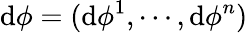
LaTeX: \mathrm{d}\phi=(\mathrm{d}\phi^{1},\cdots,\mathrm{d}\phi^{n})